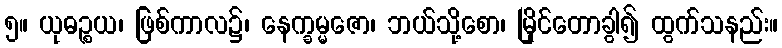
၅။ ယုဓဉ္စယ၊ ဖြစ်ကာလ၌၊ နေက္ခမ္မဇော၊ ဘယ်သို့စော၊ မြိုင်တောခွါ၍ ထွက်သနည်း။